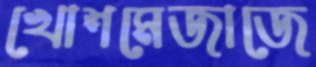
খোশমেজাজে